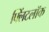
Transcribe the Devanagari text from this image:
फ्लिंटलॉक